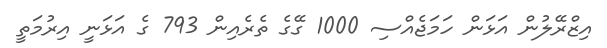
އިޒްރޭލުން އަޅަން ހަމަޖެއްސި 1000 ގޭގެ ތެރެއިން 793 ގެ އަޅަނީ އިރުމަތީ